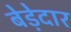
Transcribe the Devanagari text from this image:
बेड़ेदार